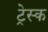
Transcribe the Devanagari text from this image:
ट्रेस्क